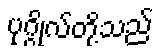
ပုဂ္ဂိုလ်တို့သည်